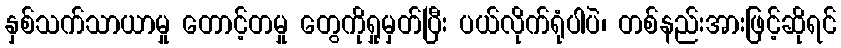
နှစ်သက်သာယာမှု တောင့်တမှု တွေကိုရှုမှတ်ပြီး ပယ်လိုက်ရုံပါပဲ၊ တစ်နည်းအားဖြင့်ဆိုရင်